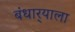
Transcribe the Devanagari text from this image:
बंधार्‍याला